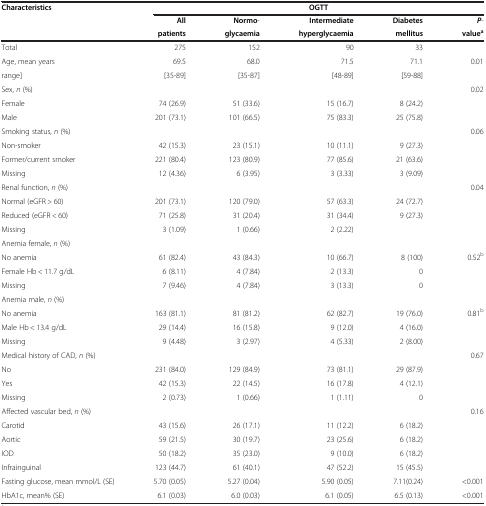
<table><thead><tr><td><b>Characteristics</b></td><td colspan="5"><b>OGTT</b></td></tr><tr><td rowspan="2"><b> </b></td><td><b>All</b></td><td><b>Normo-</b></td><td><b>Intermediate</b></td><td><b>Diabetes</b></td><td><b><i>P</i>-</b></td></tr><tr><td><b>patients</b></td><td><b>glycaemia</b></td><td><b>hyperglycaemia</b></td><td><b>mellitus</b></td><td><b>value<sup>a</sup></b></td></tr></thead><tbody><tr><td>Total</td><td>275</td><td>152</td><td>90</td><td>33</td><td> </td></tr><tr><td>Age, mean years</td><td>69.5</td><td>68.0</td><td>71.5</td><td>71.1</td><td>0.01</td></tr><tr><td>range]</td><td>[35-89]</td><td>[35-87]</td><td>[48-89]</td><td>[59-88]</td><td> </td></tr><tr><td>Sex, <i>n</i> (%)</td><td> </td><td> </td><td> </td><td> </td><td>0.02</td></tr><tr><td>Female</td><td>74 (26.9)</td><td>51 (33.6)</td><td>15 (16.7)</td><td>8 (24.2)</td><td> </td></tr><tr><td>Male</td><td>201 (73.1)</td><td>101 (66.5)</td><td>75 (83.3)</td><td>25 (75.8)</td><td> </td></tr><tr><td>Smoking status, <i>n</i> (%)</td><td> </td><td> </td><td> </td><td> </td><td>0.06</td></tr><tr><td>Non-smoker</td><td>42 (15.3)</td><td>23 (15.1)</td><td>10 (11.1)</td><td>9 (27.3)</td><td> </td></tr><tr><td>Former/current smoker</td><td>221 (80.4)</td><td>123 (80.9)</td><td>77 (85.6)</td><td>21 (63.6)</td><td> </td></tr><tr><td>Missing</td><td>12 (4.36)</td><td>6 (3.95)</td><td>3 (3.33)</td><td>3 (9.09)</td><td> </td></tr><tr><td>Renal function, <i>n</i> (%)</td><td> </td><td> </td><td> </td><td> </td><td>0.04</td></tr><tr><td>Normal (eGFR &gt; 60)</td><td>201 (73.1)</td><td>120 (79.0)</td><td>57 (63.3)</td><td>24 (72.7)</td><td> </td></tr><tr><td>Reduced (eGFR &lt; 60)</td><td>71 (25.8)</td><td>31 (20.4)</td><td>31 (34.4)</td><td>9 (27.3)</td><td> </td></tr><tr><td>Missing</td><td>3 (1.09)</td><td>1 (0.66)</td><td>2 (2.22)</td><td> </td><td> </td></tr><tr><td>Anemia female, <i>n</i> (%)</td><td> </td><td> </td><td> </td><td> </td><td> </td></tr><tr><td>No anemia</td><td>61 (82.4)</td><td>43 (84.3)</td><td>10 (66.7)</td><td>8 (100)</td><td>0.52<sup>b</sup></td></tr><tr><td>Female Hb &lt; 11.7 g/dL</td><td>6 (8.11)</td><td>4 (7.84)</td><td>2 (13.3)</td><td>0</td><td> </td></tr><tr><td>Missing</td><td>7 (9.46)</td><td>4 (7.84)</td><td>3 (13.3)</td><td>0</td><td> </td></tr><tr><td>Anemia male, <i>n</i> (%)</td><td> </td><td> </td><td> </td><td> </td><td> </td></tr><tr><td>No anemia</td><td>163 (81.1)</td><td>81 (81.2)</td><td>62 (82.7)</td><td>19 (76.0)</td><td>0.81<sup>b</sup></td></tr><tr><td>Male Hb &lt; 13.4 g/dL</td><td>29 (14.4)</td><td>16 (15.8)</td><td>9 (12.0)</td><td>4 (16.0)</td><td> </td></tr><tr><td>Missing</td><td>9 (4.48)</td><td>3 (2.97)</td><td>4 (5.33)</td><td>2 (8.00)</td><td> </td></tr><tr><td>Medical history of CAD, <i>n</i> (%)</td><td> </td><td> </td><td> </td><td> </td><td>0.67</td></tr><tr><td>No</td><td>231 (84.0)</td><td>129 (84.9)</td><td>73 (81.1)</td><td>29 (87.9)</td><td> </td></tr><tr><td>Yes</td><td>42 (15.3)</td><td>22 (14.5)</td><td>16 (17.8)</td><td>4 (12.1)</td><td> </td></tr><tr><td>Missing</td><td>2 (0.73)</td><td>1 (0.66)</td><td>1 (1.11)</td><td>0</td><td> </td></tr><tr><td>Affected vascular bed, <i>n</i> (%)</td><td> </td><td> </td><td> </td><td> </td><td>0.16</td></tr><tr><td>Carotid</td><td>43 (15.6)</td><td>26 (17.1)</td><td>11 (12.2)</td><td>6 (18.2)</td><td> </td></tr><tr><td>Aortic</td><td>59 (21.5)</td><td>30 (19.7)</td><td>23 (25.6)</td><td>6 (18.2)</td><td> </td></tr><tr><td>IOD</td><td>50 (18.2)</td><td>35 (23.0)</td><td>9 (10.0)</td><td>6 (18.2)</td><td> </td></tr><tr><td>Infrainguinal</td><td>123 (44.7)</td><td>61 (40.1)</td><td>47 (52.2)</td><td>15 (45.5)</td><td> </td></tr><tr><td>Fasting glucose, mean mmol/L (SE)</td><td>5.70 (0.05)</td><td>5.27 (0.04)</td><td>5.90 (0.05)</td><td>7.11(0.24)</td><td>&lt;0.001</td></tr><tr><td>HbA1c, mean% (SE)</td><td>6.1 (0.03)</td><td>6.0 (0.03)</td><td>6.1 (0.05)</td><td>6.5 (0.13)</td><td>&lt;0.001</td></tr></tbody></table>